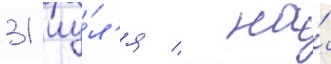
31 иу́л'я / на́